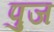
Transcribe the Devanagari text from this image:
पुज